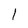
Character: 1